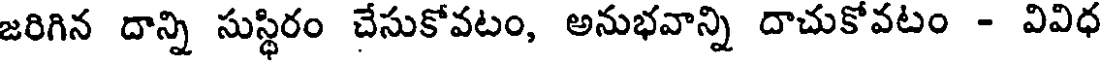
జరిగిన దాన్ని సుస్థిరం చేసుకోవటం, అనుభవాన్ని దాచుకోవటం - వివిధ